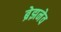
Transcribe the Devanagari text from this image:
ब्रेझनेव